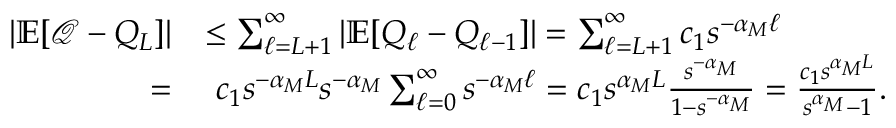
\begin{array} { r l } { \ | { \mathbb { E } } [ { \mathcal { Q } } - Q _ { L } ] | } & { \leq \sum _ { \ell = L + 1 } ^ { \infty } | { \mathbb { E } } [ Q _ { \ell } - Q _ { \ell - 1 } ] | = \sum _ { \ell = L + 1 } ^ { \infty } c _ { 1 } s ^ { - \alpha _ { M } \ell } } \\ { = } & { \ c _ { 1 } s ^ { - \alpha _ { M } L } s ^ { - \alpha _ { M } } \sum _ { \ell = 0 } ^ { \infty } s ^ { - \alpha _ { M } \ell } = c _ { 1 } s ^ { \alpha _ { M } L } \frac { s ^ { - \alpha _ { M } } } { 1 - s ^ { - \alpha _ { M } } } = \frac { c _ { 1 } s ^ { \alpha _ { M } L } } { s ^ { \alpha _ { M } } - 1 } . } \end{array}